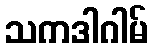
သကဒါဂါမ်